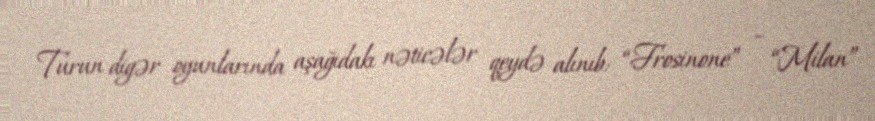
Turun digər oyunlarında aşağıdakı nəticələr qeydə alınıb: “Frosinone” – “Milan”